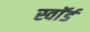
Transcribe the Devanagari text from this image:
स्वाॅर्ड